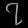
Digit: ၇